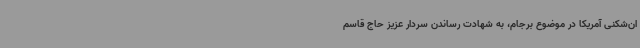
ان‌شکنی آمریکا در موضوع برجام، به شهادت رساندن سردار عزیز حاج قاسم